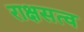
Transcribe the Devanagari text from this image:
राक्षसत्व